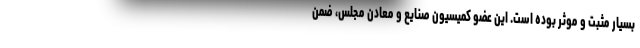
بسیار مثبت و موثر بوده است. این عضو کمیسیون صنایع و معادن مجلس، ضمن